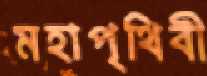
মহাপৃথিবী